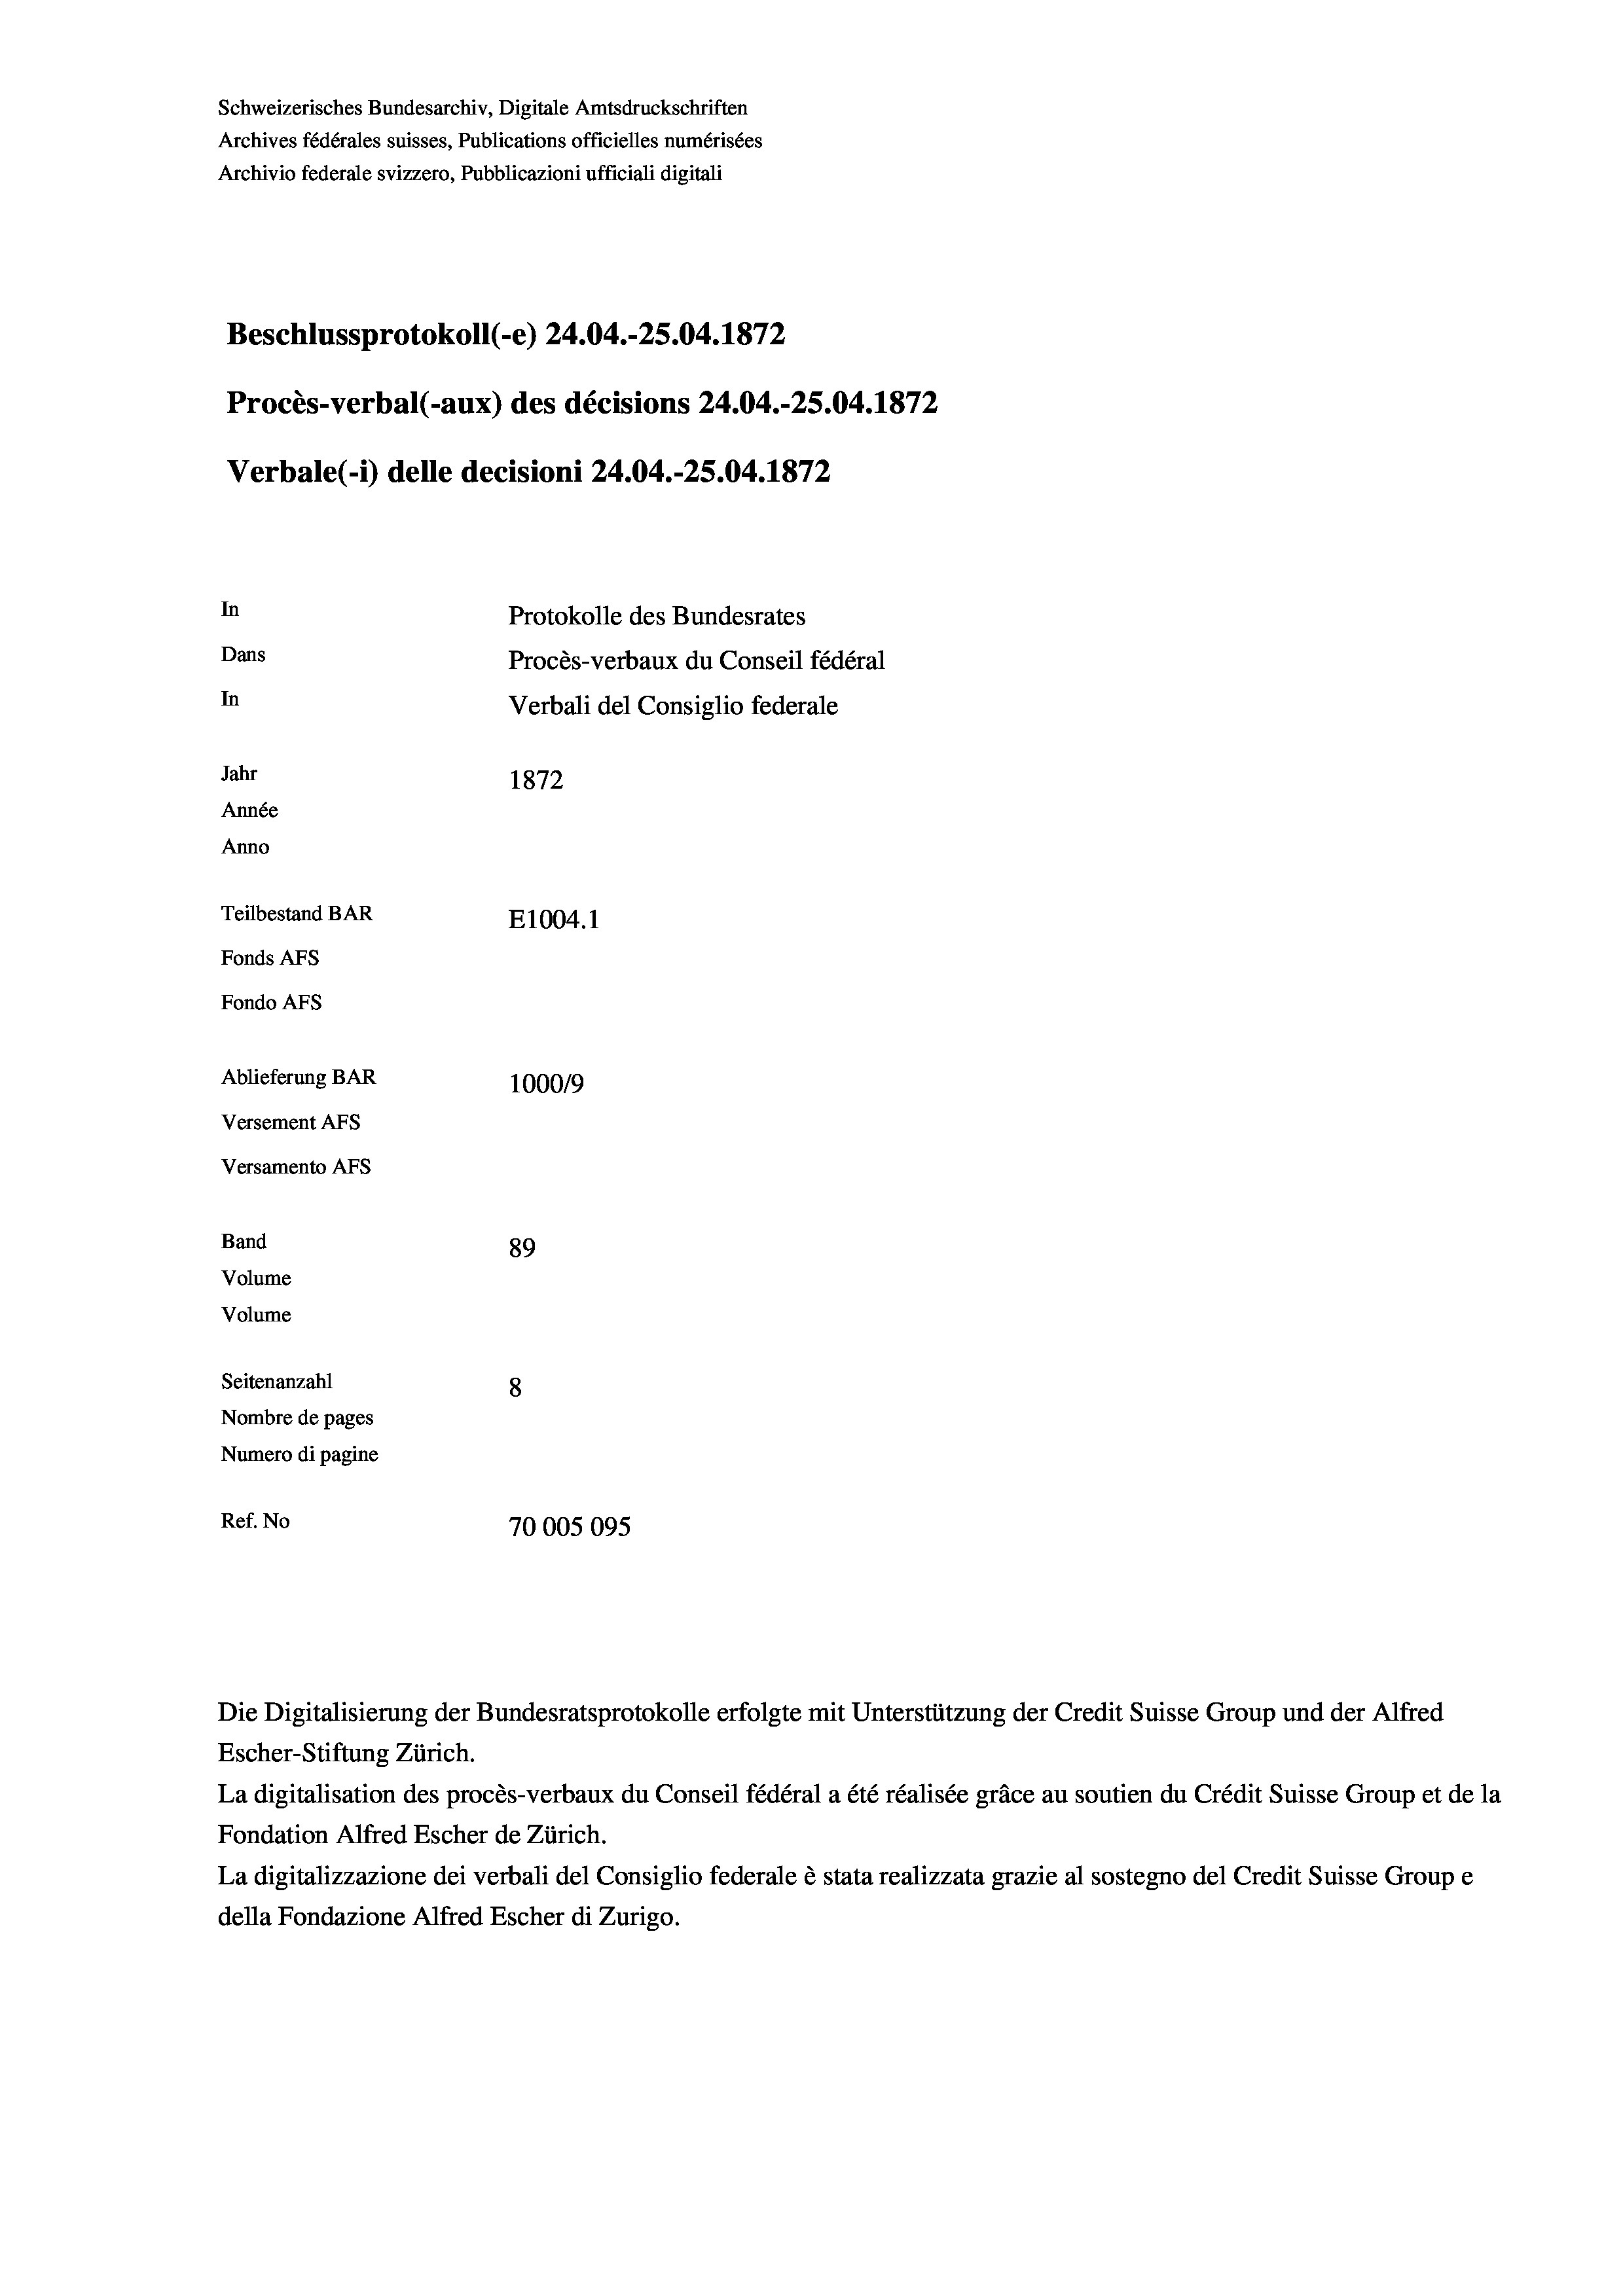
Schweizerisches Bundesarchiv, Digitale Amtsdruckschriften
Archives fédérales suisses, Publications officielles numérisées
Archivio federale svizzero, Pubblicazioni ufficiali digitali
Beschlussprotokoll (-e) 24.04.-25.04. 1872
Procès-verbal (-aux) des décisions 24.04.-25.04. 1872
Verbale (1) delle decisioni 24.04.-25.04. 1872
In
Protokolle des Bundesrates
Dans
Procès-verbaux du Conseil fédéral
In
Verbali del Consiglio federale
Jahr
1872
Année
Anno
Teilbestand BAR
E1004. 1
Fonds AFs
Fondo Afs
Ablieferung BAR
100019
Versement AFs
Versamento Afs
Band
89
Volume
Volume
Seitenanzahl
8
Nombre de pages
Numero di pagine
Ref. No
70005095

Die Digitalisierung der Bundesratsprotokolle erfolgte mit Unterstützung der Credit Suisse Group und der Alfred
Escher-Stiftung Zürich.
La digitalisation des procès-verbaux du Conseil fédéral a été réalisée gräce au soutien du Crédit Suisse Group et de la
Fondation Alfred Escher de Zürich.
La digitalizzazione dei verbali del Consiglio federale è stata realizzata grazie al sostegno del Credit Suisse Groupe
della Fondazione Alfred Escher di Zurigo.